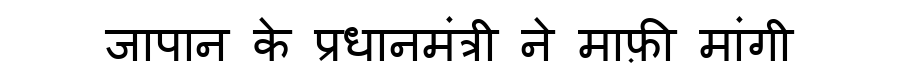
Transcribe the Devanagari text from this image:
जापान के प्रधानमंत्री ने माफ़ी मांगी